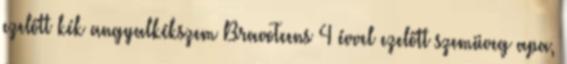
ezelőtt kék angyalkékszem BravoTeens 4 évvel ezelőtt szemüveg apa,